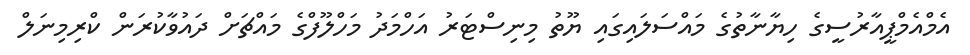
އެމްއެމްޕީއާރުސީގެ ހިޔާނާތުގެ މައްސަލައިގައި ޔޫތު މިނިސްޓަރު އަހްމަދު މަހްލޫފްގެ މައްޗަށް ދައުވާކުރަން ކްރިމިނަލް